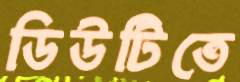
ডিউটিতে